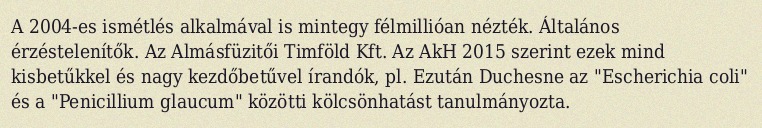
A 2004-es ismétlés alkalmával is mintegy félmillióan nézték. Általános érzéstelenítők. Az Almásfüzitői Timföld Kft. Az AkH 2015 szerint ezek mind kisbetűkkel és nagy kezdőbetűvel írandók, pl. Ezután Duchesne az "Escherichia coli" és a "Penicillium glaucum" közötti kölcsönhatást tanulmányozta.